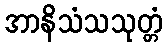
အာနိသံသသုတ္တံ